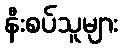
နီးစပ်သူများ